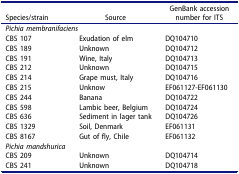
<table><thead><tr><td><b>Species/strain</b></td><td><b>Source</b></td><td><b>GenBank accession number for ITS</b></td></tr></thead><tbody><tr><td colspan="3"><i>Pichia membranifaciens</i></td></tr><tr><td>CBS 107</td><td>Exudation of elm</td><td>DQ104710</td></tr><tr><td>CBS 189</td><td>Unknown</td><td>DQ104712</td></tr><tr><td>CBS 191</td><td>Wine, Italy</td><td>DQ104713</td></tr><tr><td>CBS 212</td><td>Unknown</td><td>DQ104715</td></tr><tr><td>CBS 214</td><td>Grape must, Italy</td><td>DQ104716</td></tr><tr><td>CBS 215</td><td>Unknow</td><td>EF061127-EF061130</td></tr><tr><td>CBS 244</td><td>Banana</td><td>DQ104722</td></tr><tr><td>CBS 598</td><td>Lambic beer, Belgium</td><td>DQ104724</td></tr><tr><td>CBS 636</td><td>Sediment in lager tank</td><td>DQ104726</td></tr><tr><td>CBS 1329</td><td>Soil, Denmark</td><td>EF061131</td></tr><tr><td>CBS 8167</td><td>Gut of fly, Chile</td><td>EF061132</td></tr><tr><td><i>Pichia mandshurica</i></td><td>[EMPTY_CELL]</td><td>[EMPTY_CELL]</td></tr><tr><td>CBS 209</td><td>Unknown</td><td>DQ104714</td></tr><tr><td>CBS 241</td><td>Unknown</td><td>DQ104718</td></tr></tbody></table>